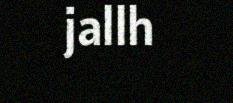
jallh